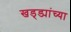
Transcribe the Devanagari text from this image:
खड्ड्यांच्या